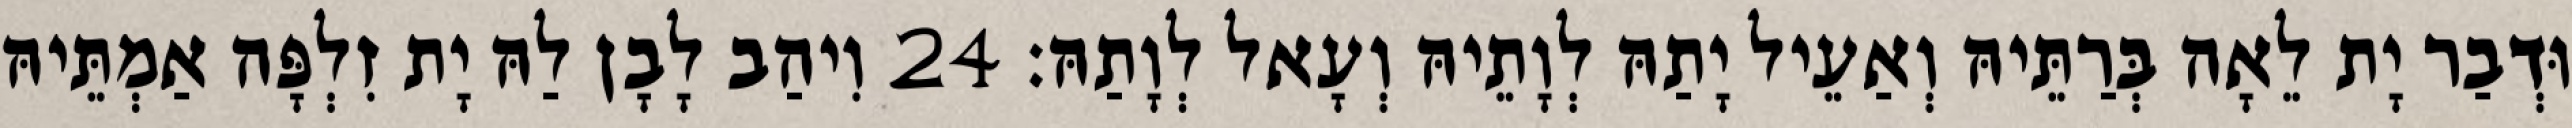
וּדְבַר יָת לֵאָה בְּרַתֵּיהּ וְאַעֵיל יָתַהּ לְוָתֵיהּ וְעָאל לְוָתַהּ׃ 24 וִיהַב לָבָן לַהּ יָת זִלְפָּה אַמְתֵּיהּ